Insane asylums in Bengal annual reports 1876-1887 - 1876-1887
Year: 1876
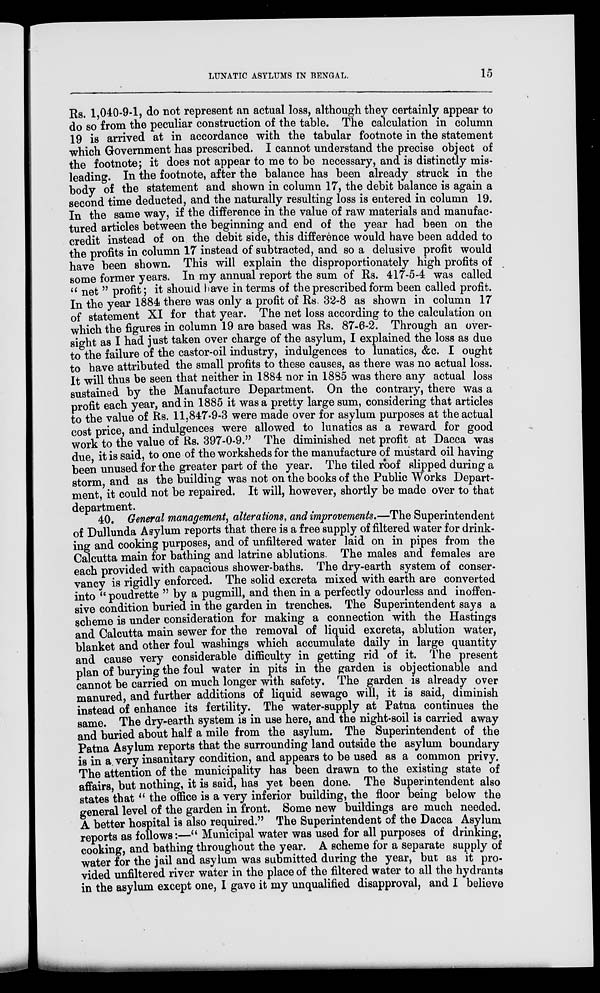
LUNATIC ASYLUMS IN BENGAL. 15
Rs. 1,040-9-1, do not represent an actual loss, although they certainly appear to
do so from the peculiar construction of the table. The calculation in column
19 is arrived at in accordance with the tabular footnote in the statement
which Government has prescribed. I cannot understand the precise object of
the footnote; it does not appear to me to be necessary, and is distinctly mis-
leading. In the footnote, after the balance has been already struck in the
body of the statement and shown in column 17, the debit balance is again a
second time deducted, and the naturally resulting loss is entered in column 19.
In the same way, if the difference in the value of raw materials and manufac-
tured articles between the beginning and end of the year had been on the
credit instead of on the debit side, this difference would have been added to
the profits in column 17 instead of subtracted, and so a delusive profit would
have been shown. This will explain the disproportionately high profits of
some former years. In my annual report the sum of Rs. 417-5-4 was called
" net " profit; it should have in terms of the prescribed form been called profit.
In the year 1884 there was only a profit of Rs. 32-8 as shown in column 17
of statement XI for that year. The net loss according to the calculation on
which the figures in column 19 are based was Rs. 87-6-2. Through an over-
sight as I had just taken over charge of the asylum, I explained the loss as due
to the failure of the castor-oil industry, indulgences to lunatics, &c. I ought
to have attributed the small profits to these causes, as there was no actual loss.
It will thus be seen that neither in 1884 nor in 1885 was there any actual loss
sustained by the Manufacture Department. On the contrary, there was a
profit each year, and in 1885 it was a pretty large sum, considering that articles
to the value of Rs. 11,847-9-3 were made over for asylum purposes at the actual
cost price, and indulgences were allowed to lunatics as a reward for good
work to the value of Rs. 397-0-9." The diminished net profit at Dacca was
due, it is said, to one of the worksheds for the manufacture of mustard oil having
been unused for the greater part of the year. The tiled roof slipped during a
storm, and as the building was not on the books of the Public Works Depart-
ment, it could not be repaired. It will, however, shortly be made over to that
department.
40. General management, alterations, and improvements.—The Superintendent
of Dullunda Asylum reports that there is a free supply of filtered water for drink-
ing and cooking purposes, and of unfiltered water laid on in pipes from the
Calcutta main for bathing and latrine ablutions. The males and females are
each provided with capacious shower-baths. The dry-earth system of conser-
vancy is rigidly enforced. The solid excreta mixed with earth are converted
into " poudrette " by a pugmill, and then in a perfectly odourless and inoffen-
sive condition buried in the garden in trenches. The Superintendent says a
scheme is under consideration for making a connection with the Hastings
and Calcutta main sewer for the removal of liquid excreta, ablution water,
blanket and other foul washings which accumulate daily in large quantity
and cause very considerable difficulty in getting rid of it. The present
plan of burying the foul water in pits in the garden is objectionable and
cannot be carried on much longer with safety. The garden is already over
manured, and further additions of liquid sewage will, it is said, diminish
instead of enhance its fertility. The water-supply at Patna continues the
same. The dry-earth system is in use here, and the night-soil is carried away
and buried about half a mile from the asylum. The Superintendent of the
Patna Asylum reports that the surrounding land outside the asylum boundary
is in a very insanitary condition, and appears to be used as a common privy.
The attention of the municipality has been drawn to the existing state of
affairs, but nothing, it is said, has yet been done. The Superintendent also
states that " the office is a very inferior building, the floor being below the
general level of the garden in front. Some new buildings are much needed.
A better hospital is also required." The Superintendent of the Dacca Asylum
reports as follows:—" Municipal water was used for all purposes of drinking,
cooking, and bathing throughout the year. A scheme for a separate supply of
water for the jail and asylum was submitted during the year, but as it pro-
vided unfiltered river water in the place of the filtered water to all the hydrants
in the asylum except one, I gave it my unqualified disapproval, and I believe